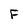
Character: F